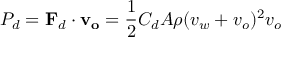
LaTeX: P _ { d } = \mathbf { F } _ { d } \cdot \mathbf { v _ { o } } = { \frac { 1 } { 2 } } C _ { d } A \rho ( v _ { w } + v _ { o } ) ^ { 2 } v _ { o }